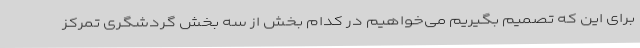
برای این که تصمیم بگیریم می‌خواهیم در کدام بخش از سه بخش گردشگری تمرکز